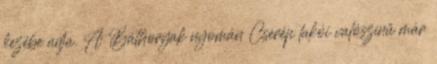
kezébe adja. A Báthoryak nyomán Cserép lakói valószínű már